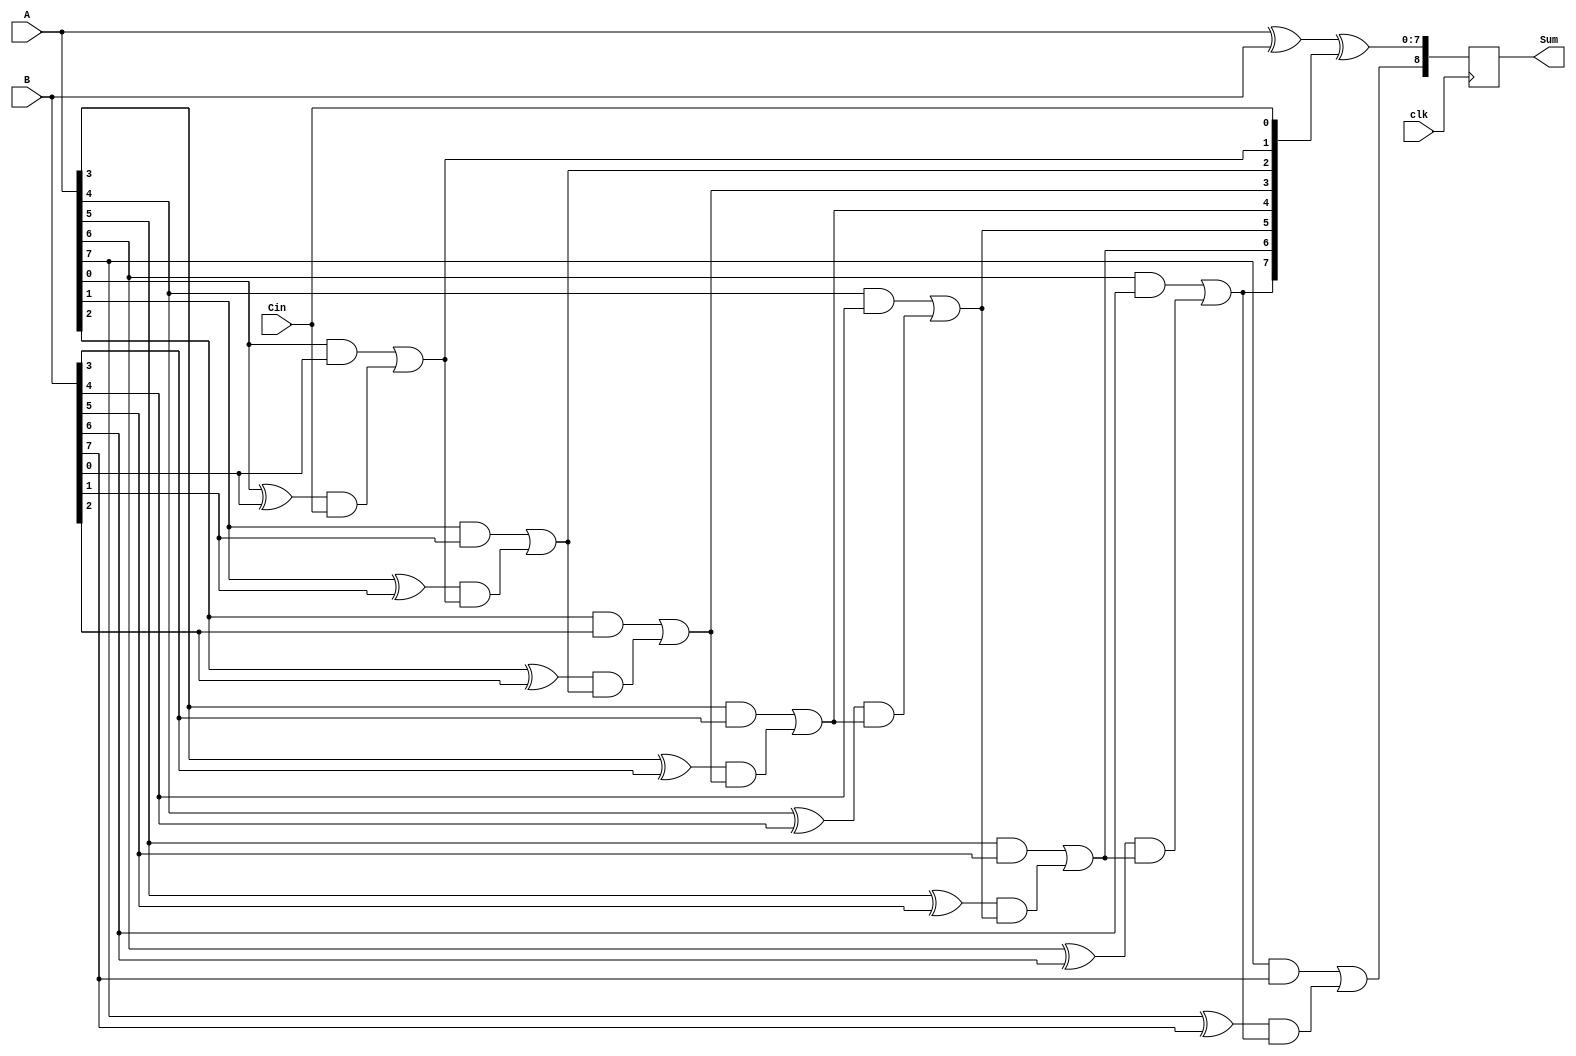
module PrecomputationCarryAdder #(parameter N = 8) (
    input  wire [N-1:0] A,       // First input operand
    input  wire [N-1:0] B,       // Second input operand
    input  wire Cin,              // Carry input
    input  wire clk,              // Clock signal
    output reg [N:0] Sum          // Sum output (N+1 bits to accommodate carry-out)
);

    // Internal wires for carry generation
    wire [N:0] carry; // Carry outputs for each bit position
    wire [N-1:0] P;   // Propagate
    wire [N-1:0] G;   // Generate

    // Generate and propagate signals
    genvar i;
    generate
        for (i = 0; i < N; i = i + 1) begin : carry_gen
            assign P[i] = A[i] ^ B[i];          // Propagate: P = A XOR B
            assign G[i] = A[i] & B[i];          // Generate: G = A AND B
        end
    endgenerate

    // Carry generation using lookahead logic
    assign carry[0] = Cin; // Initial carry-in
    generate
        for (i = 0; i < N; i = i + 1) begin : carry_logic
            assign carry[i + 1] = G[i] | (P[i] & carry[i]);
        end
    endgenerate

    // Sum calculation
    always @(posedge clk) begin
        Sum <= {carry[N], A ^ B ^ carry[N-1:0]}; // Sum = A XOR B XOR carry
    end

endmodule